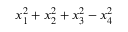
x _ { 1 } ^ { 2 } + x _ { 2 } ^ { 2 } + x _ { 3 } ^ { 2 } - x _ { 4 } ^ { 2 }